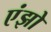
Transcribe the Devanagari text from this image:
एंझो